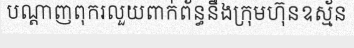
បណ្តាញពុករលួយពាក់ព័ន្ធនឹងក្រុមហ៊ុនឧស្ម័ន